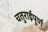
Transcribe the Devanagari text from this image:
चतुराईपूर्ण